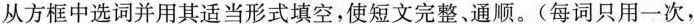
从方框中选词并用其适当形式填空,使短文完整,通顺.(每词只用一次,